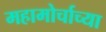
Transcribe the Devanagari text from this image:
महामोर्चाच्या